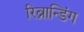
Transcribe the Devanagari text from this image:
रिब्रान्डिंग